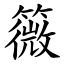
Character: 䉠